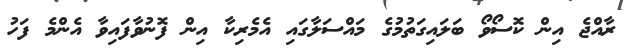
ރާއްޖެ އިން ކޮސޯވޯ ބަލައިގަތުމުގެ މައްސަލާގައި އެމެރިކާ އިން ފޮނުވާފައިވާ އެންމެ ފަހު